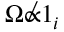
\boldsymbol { \Omega } \not \propto \boldsymbol { 1 } _ { i }